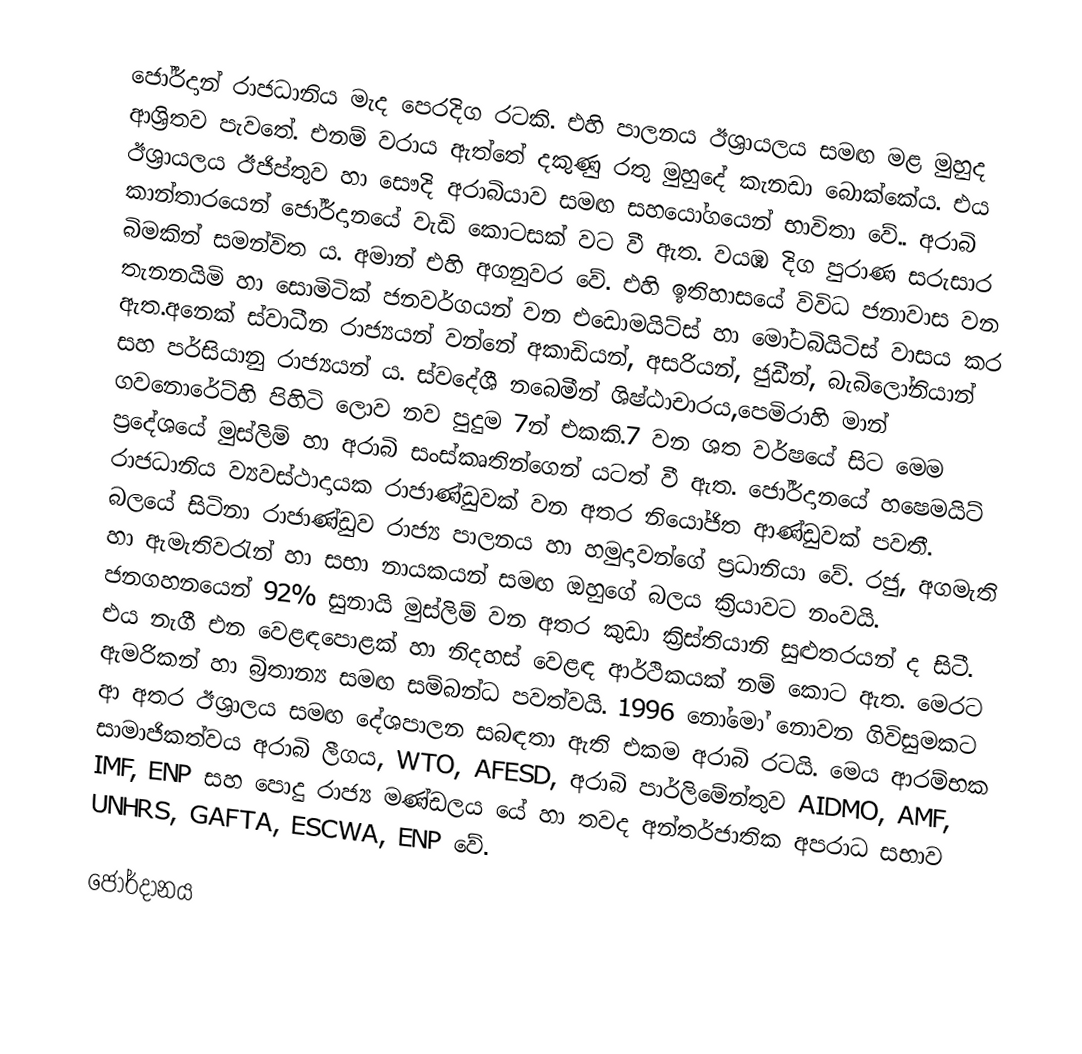
ජෝර්දාන් රාජධානිය මැද පෙරදිග රටකි. එහි පාලනය ඊශ්‍රායලය සමඟ මළ මුහුද ආශ්‍රිතව  පැවතේ. එනම් වරාය ඇත්තේ දකුණු රතු මුහුදේ කැනඩා බොක්කේය. එය ඊශ්‍රායලය ඊජිප්තුව හා සෞදි අරාබියාව සමඟ සහයෝගයෙන් භාවිතා වේ..  අරාබි කාන්තාරයෙන්  ජෝර්දානයේ වැඩි කොටසක් වට වී ඇත. වයඹ දිග පුරාණ සරුසාර බිමකින් සමන්විත ය. අමාන් එහි අගනුවර වේ. එහි ඉතිහාස‍යේ විවිධ ජනාවාස වන තැනනයිමි හා සොමිටික් ජනවර්ගයන් වන එඩොමයිට්ස් හා මෝටබියිටිස් වාසය කර ඇත.අනෙක් ස්වාධීන රාජ්‍යයන් වන්නේ අකාඩියන්, අසරියන්, ජුඩීන්, බැබිලෝනියාන් සහ පර්සියානු රාජ්‍යයන් ය. ස්වදේශී නබෙමීන් ශිෂ්ඨාචාරය,පෙමිරාහි මාන් ගවනොරේට්හි පිහිටි ලොව නව පුදුම 7න් එකකි.7 වන ශත වර්ෂයේ සිට මෙම ප්‍රදේශයේ  මුස්ලිම් හා අරාබි  සංස්කෘතින්ගෙන් යටත් වී ඇත. ජෝර්දානයේ හෂෙමයිට් රාජධානිය ව්‍යවස්ථාදායක රාජාණ්ඩුවක් වන  අතර නියෝජිත ආණ්ඩුවක් පවතී.  බලයේ සිටිනා රාජාණ්ඩුව රාජ්‍ය පාලනය හා හමුදාවන්ගේ ප්‍රධානියා වේ. රජු, අගමැති හා ඇමැතිවරැන් හා සභා නායකයන් ‍සමඟ ඔහුගේ බලය ක්‍රියාවට නංවයි. ජනගහනයෙන්  92%  සුනායි මුස්ලිම් වන අතර කුඩා ක්‍රිස්තියානි සුළුතරයන් ද සිටී.  එය නැගී එන  වෙළඳපොළක් හා නිදහස්  වෙළඳ ආර්ථිකයක් නම් කොට ඇත. මෙරට ඇමරිකන් හා බ්‍රිතාන්‍ය  සමඟ සම්බන්ධ පවත්වයි. 1996 නෝමෝ නොවන ගිවිසුමකට ආ අතර ඊශ්‍රාලය සමඟ  දේශපාලන සබඳතා  ඇති එකම අරාබි රටයි. මෙය ආරම්භක සාමාජිකත්වය  අරාබි ලීගය, WTO, AFESD,  අරාබි පාර්ලිමේන්තුව  AIDMO, AMF, IMF, ENP සහ පොදු රාජ්‍ය මණ්ඩලය යේ  හා තවද අන්තර්ජාතික අපරාධ සභාව  UNHRS, GAFTA, ESCWA, ENP වේ.

ජෝර්දානය